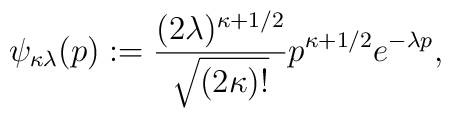
\psi_{\kappa\lambda}(p) := \frac{(2\lambda)^{\kappa+1/2}}{\sqrt{(2\kappa)!}}  p^{\kappa+1/2}e^{-\lambda p},